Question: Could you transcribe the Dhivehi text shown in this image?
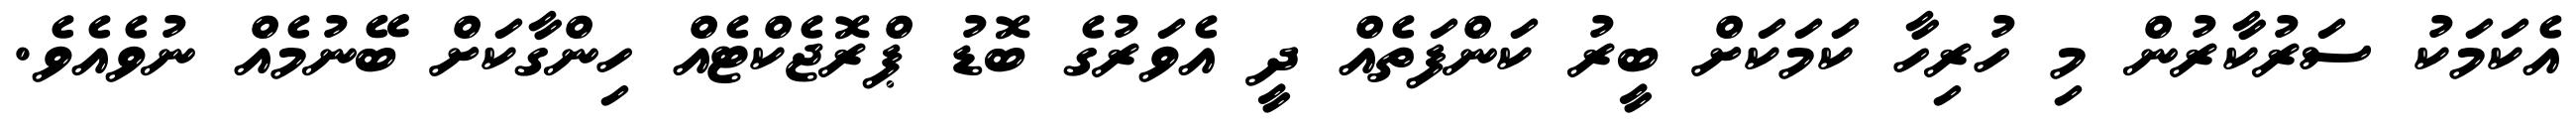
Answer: އެކަމަކު ސަރުކާރުން މި ހުރިހާ ކަމަކަށް ބީރު ކަންފަތެއް ދީ އެވަރުގެ ބޮޑު ޕްރޮޖެކްޓެއް ހިންގާކަށް ބޭނުމެއް ނުވެއެވެ.